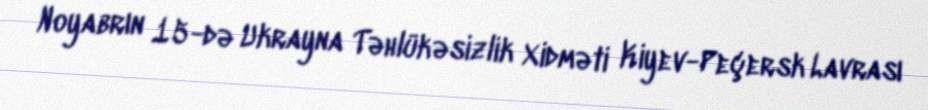
Noyabrın 15-də Ukrayna Təhlükəsizlik Xidməti Kiyev-Peçersk Lavrası